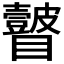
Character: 𭿲